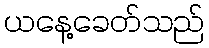
ယနေ့ခေတ်သည်